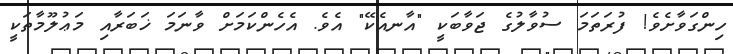
ހިންގަވާށެވެ! ފުރަތަމަ ސުވާލުގެ ޖަވާބަކީ "އާނއެކޭ" އެވެ. އެހެންކަމަށް ވާނަމަ ޚަބަރާއި މަޢުލޫމާތަކީ